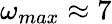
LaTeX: \omega_{max}\approx 7